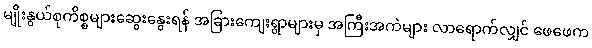
မျိုးနွယ်စုကိစ္စများဆွေးနွေးရန် အခြားကျေးရွာများမှ အကြီးအကဲများ လာရောက်လျှင် ဖေဖေက